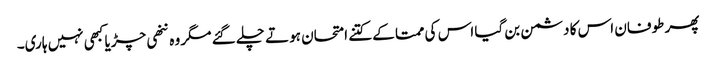
پھر طوفان اس کا دشمن بن گیا اس کی ممتا کے کتنے امتحان ہوتے چلے گئے مگر وہ ننھی چڑیا کبھی نہیں ہاری۔